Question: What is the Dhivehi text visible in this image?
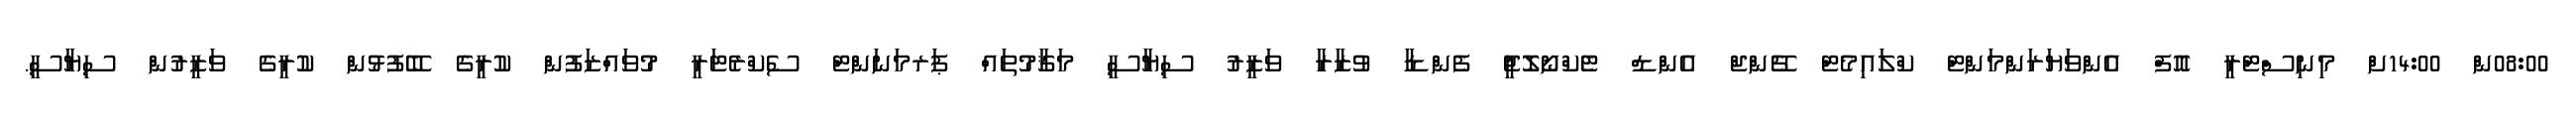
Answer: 08:00ން 14:00ށް މިނިސްޓްރީ އޮފް އެންވަޔަރަންމަންޓް ކްލައިމެޓް ޗޭންޖް އެންޑް ޓެކްނޯލޮޖީ ފެންޑާ ވުޒާރާ ވަޒީރު ސިޔާސީ މަޤާމުތައް ޕަރމަނަންޓް ސެކްރެޓަރީ މުވައްޒަފުން ކުރީގެ ބޭފުޅުން ކުރީގެ ވަޒީރުން ސިޔާސީ.